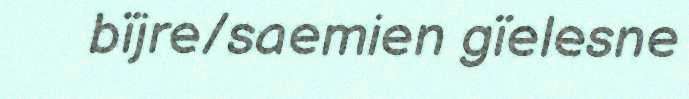
bïjre/saemien gïelesne